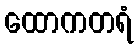
ထောကတရံ